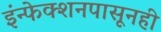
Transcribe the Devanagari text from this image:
इंन्फेक्शनपासूनही